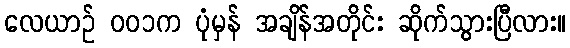
လေယာဉ် ၀၀၁က ပုံမှန် အချိန်အတိုင်း ဆိုက်သွားပြီလား။